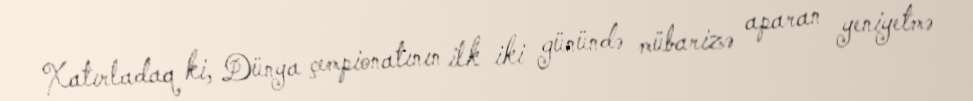
Xatırladaq ki, Dünya çempionatının ilk iki günündə mübarizə aparan yeniyetmə